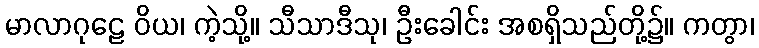
မာလာဂုဠေ ဝိယ၊ ကဲ့သို့။ သီသာဒီသု၊ ဦးခေါင်း အစရှိသည်တို့၌။ ကတွာ၊